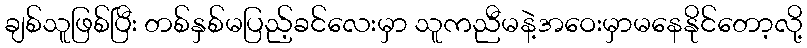
ချစ်သူဖြစ်ပြီး တစ်နှစ်မပြည့်ခင်လေးမှာ သူကညီမနဲ့အဝေးမှာမနေနိုင်တော့လို့